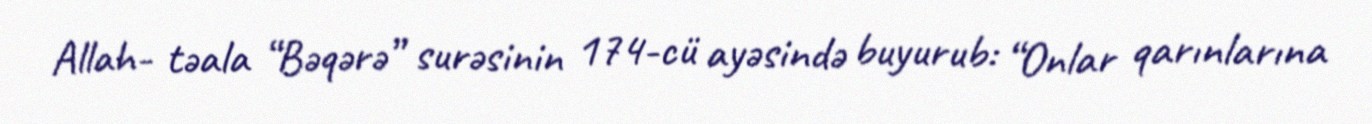
Allah- təala “Bəqərə” surəsinin 174-cü ayəsində buyurub: “Onlar qarınlarına